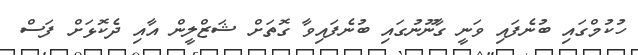
ހުކުމްގައި ބުނެފައި ވަނީ ގާނޫނުގައި ބުނެފައިވާ ގޮތަށް ޝަޒްލީން އާއި ދެކޮޅަށް ފަސް